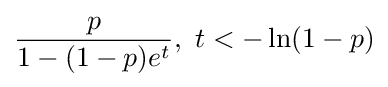
{\frac {p}{1-(1-p)e^{t}}},~t<-\ln(1-p)